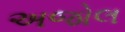
અજોલ